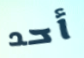
أحد